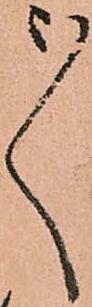
ゝ